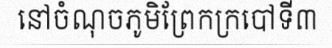
នៅចំណុចភូមិព្រែកក្របៅទី៣